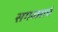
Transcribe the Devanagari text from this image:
सगळ्याचं